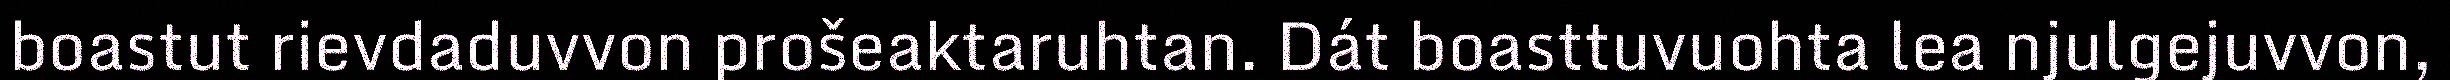
boastut rievdaduvvon prošeaktaruhtan. Dát boasttuvuohta lea njulgejuvvon,